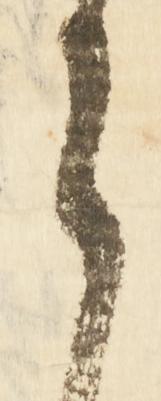
ら